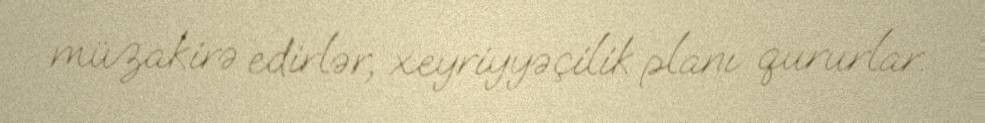
müzakirə edirlər, xeyriyyəçilik planı qururlar.